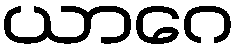
ယာဂေ